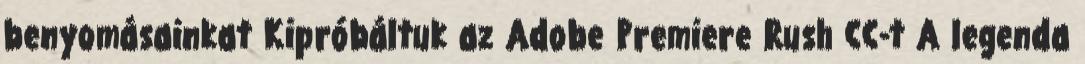
benyomásainkat Kipróbáltuk az Adobe Premiere Rush CC-t A legenda